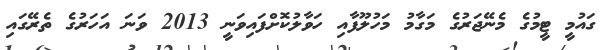
ގައުމީ ޓީމުގެ މެނޭޖަރުގެ މަގާމު މަހުލޫފާއި ހަވާލުކޮށްފައިވަނީ 2013 ވަނަ އަހަރުގެ ތެރޭގައި